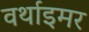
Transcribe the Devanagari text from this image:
वर्थाइमर